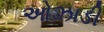
ઓઝાડી